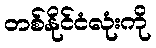
တစ်နိုင်ငံလုံးကို